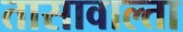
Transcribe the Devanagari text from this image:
तासावाल्ता